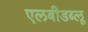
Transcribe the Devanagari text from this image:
एलबीडब्लू